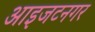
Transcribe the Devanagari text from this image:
आइजटनगर